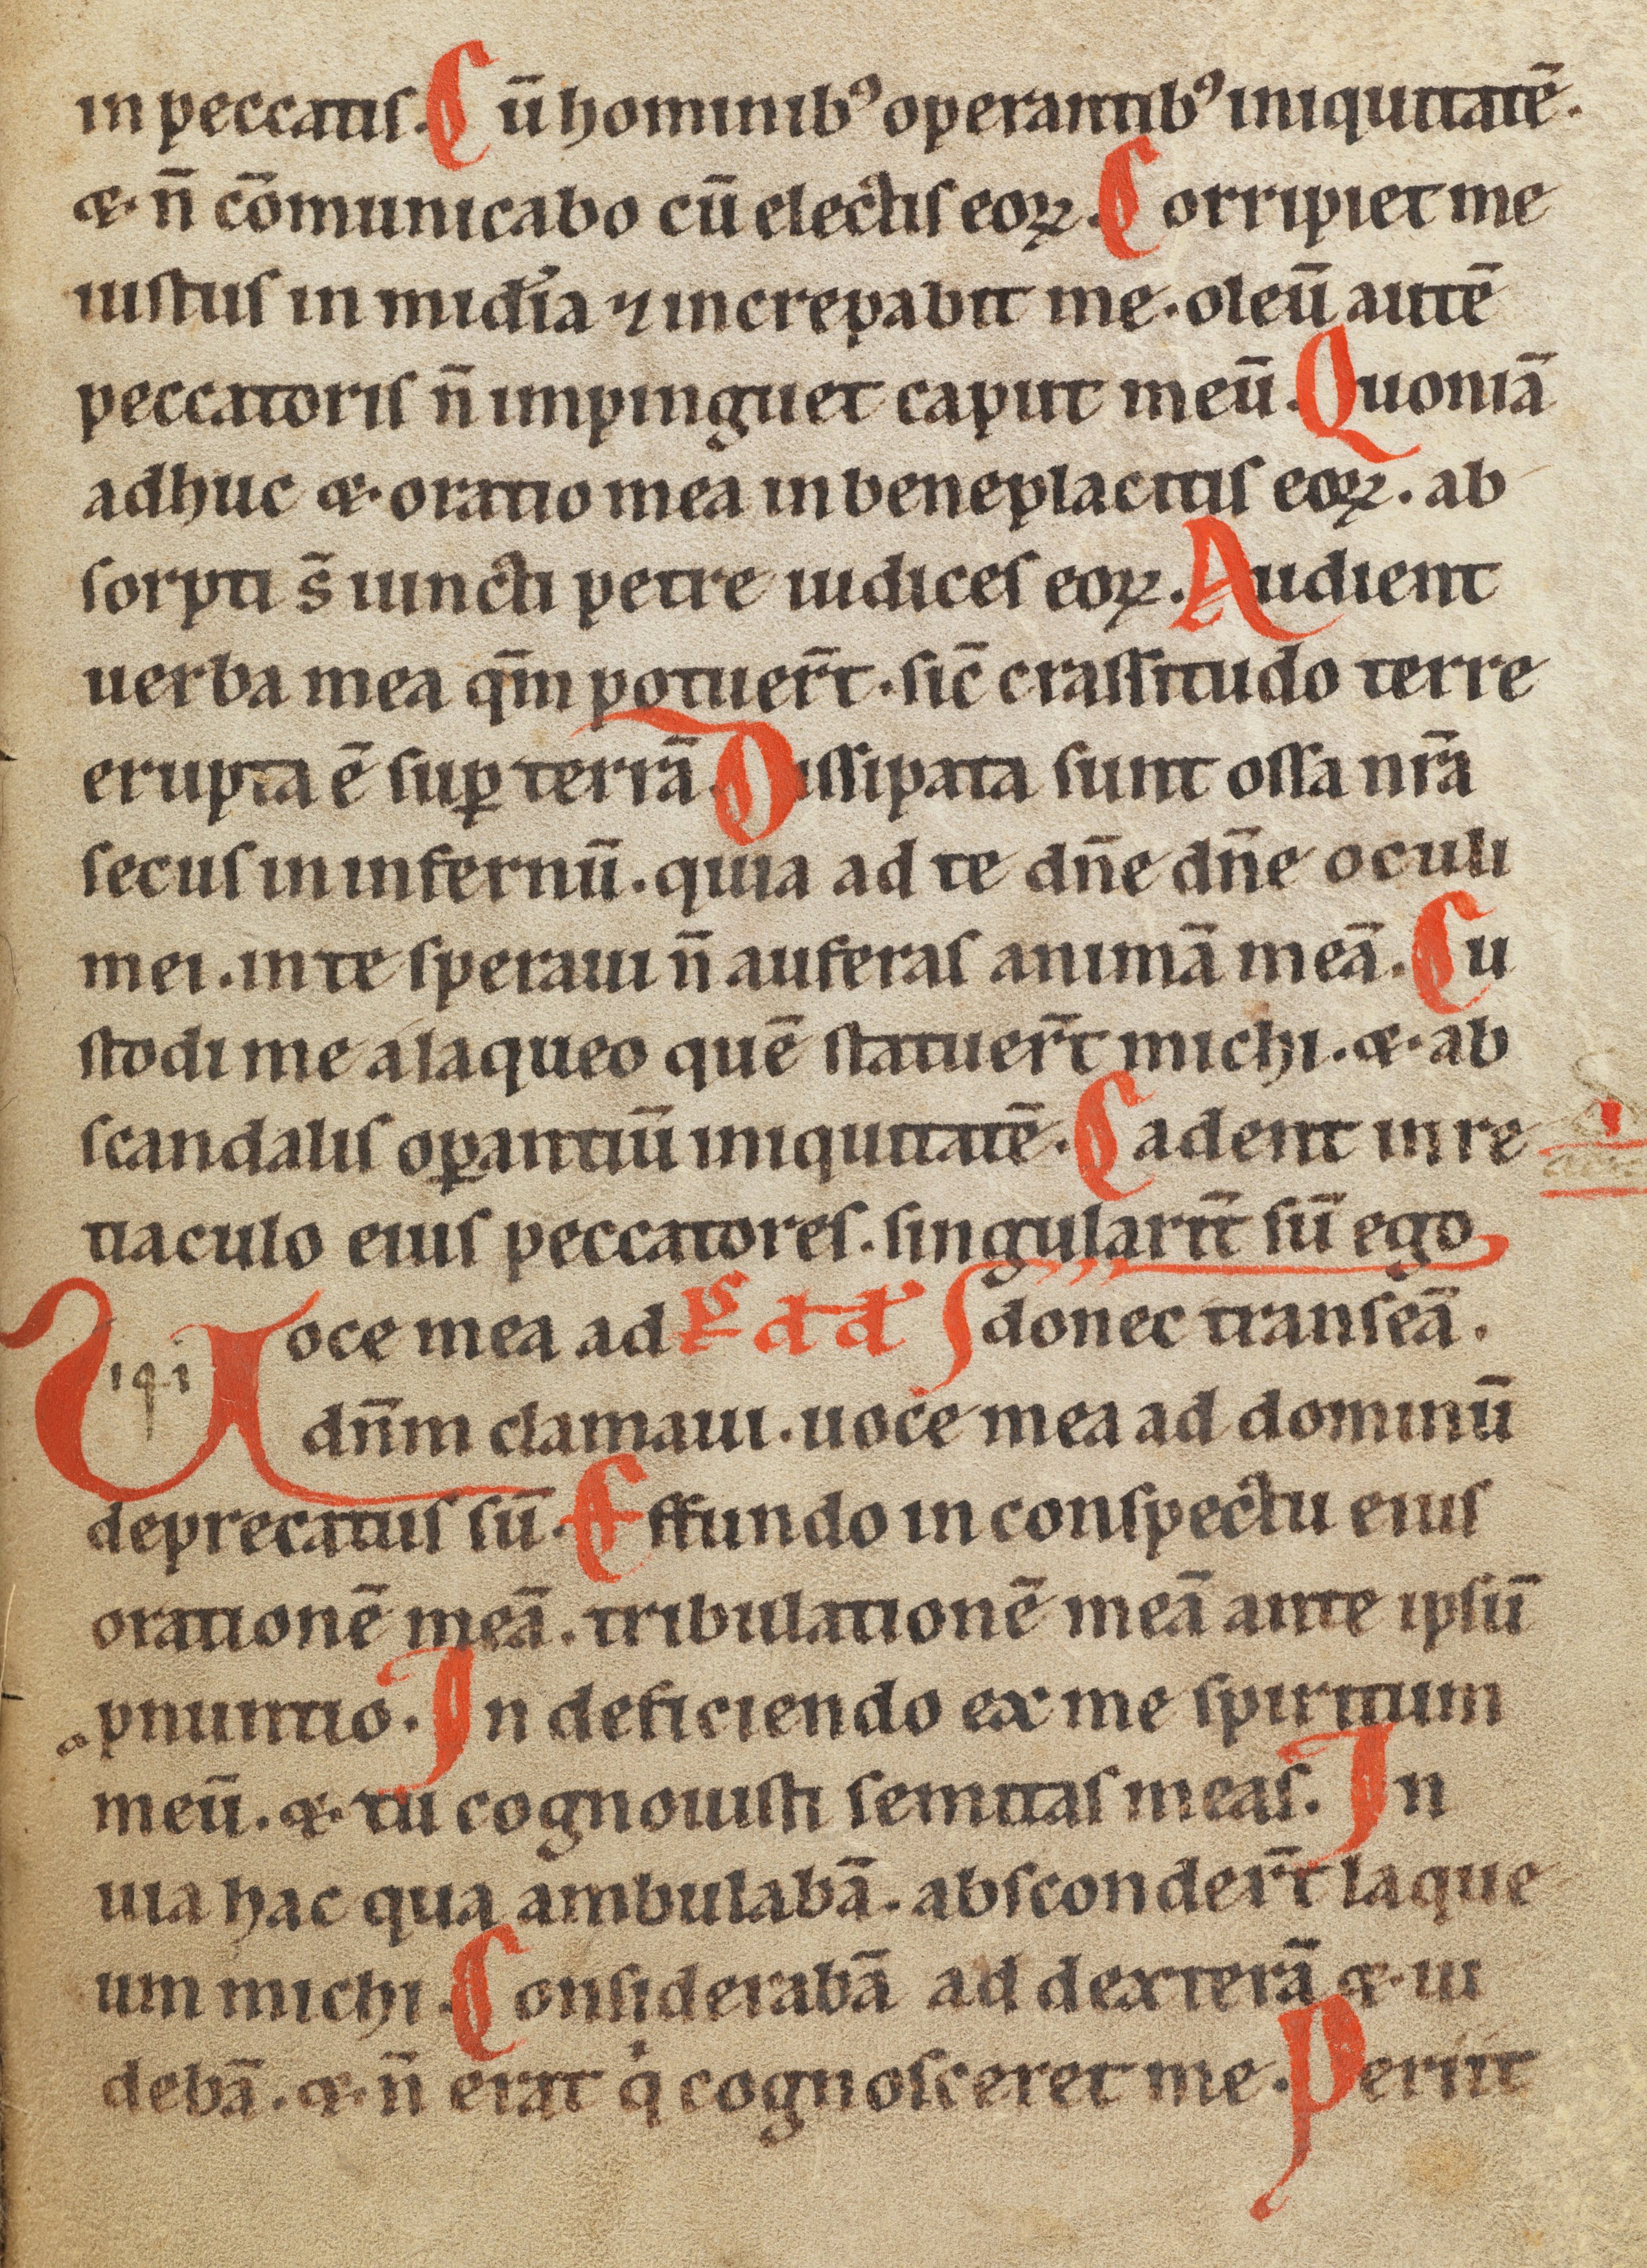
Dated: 1185–1249